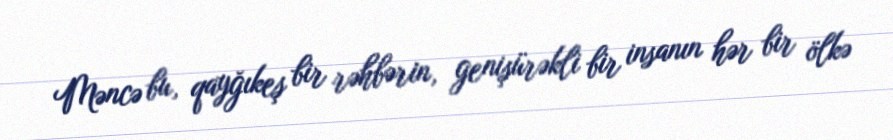
Məncə bu, qayğıkeş bir rəhbərin, genişürəkli bir insanın hər bir ölkə